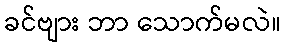
ခင်ဗျား ဘာ သောက်မလဲ။